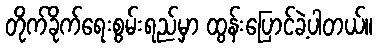
တိုက်ခိုက်ရေးစွမ်းရည်မှာ ထွန်းပြောင်ခဲ့ပါတယ်။